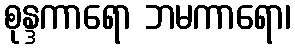
စုန္ဒကာရော ဘမကာရော၊